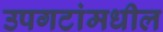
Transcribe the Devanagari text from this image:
उपगटांमधील